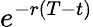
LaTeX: e^{-r(T-t)}